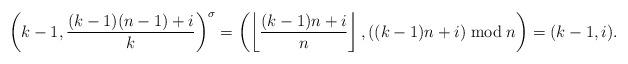
LaTeX: \begin{align*}\left(k-1,\frac{(k-1)(n-1)+i}{k}\right)^{\sigma}=\left(\left\lfloor\frac{(k-1)n+i}{n}\right\rfloor,((k-1)n+i)\bmod{n}\right)=(k-1,i).\end{align*}